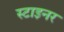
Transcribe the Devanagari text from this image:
स्टाइनर